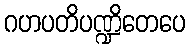
ဂဟပတိပဏ္ဍိတေပေ